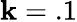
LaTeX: \mathbf{k}=.1